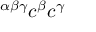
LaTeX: ^ { \alpha \beta \gamma } c ^ { \beta } c ^ { \gamma }